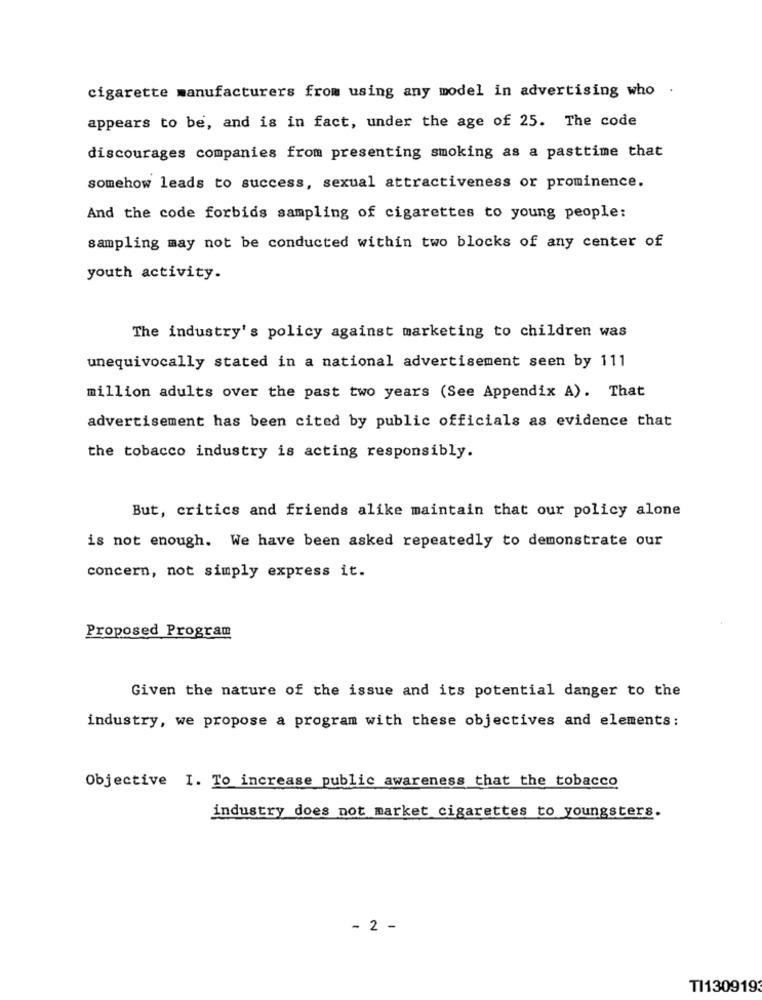
cigarette manufacturers from using any model in advertising who .
appears to be, and is in fact, under the age of 25. The code
discourages companies from presenting smoking as a pasttime that
somehow leads to success, sexual attractiveness or prominence.
And the code forbids sampling of cigarettes to young people:
sampling may not be conducted within two blocks of any center of
youth activity.
The industry's policy against marketing to children was
unequivocally stated in a national advertisement seen by 111
million adults over the past two years (See Appendix A). That
advertisement has been cited by public officials as evidence that
the tobacco industry is acting responsibly.
But, critics and friends alike maintain that our policy alone
is not enough. We have been asked repeatedly to demonstrate our
concern, not simply express it.
Proposed Program
Given the nature of the issue and its potential danger to the
industry, we propose a program with these objectives and elements:
Objective I. To increase public awareness that the tobacco
industry does not market cigarettes to youngsters.
- 2 -
TI130919